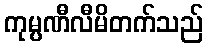
ကုမ္ပဏီလီမိတက်သည်